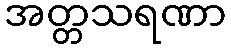
အတ္တသရဏာ